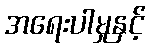
အရေးပါမှုနှင့်